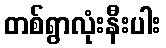
တစ်ရွာလုံးနီးပါး